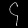
Digit: ၄